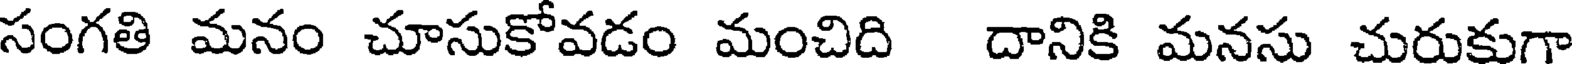
సంగతి మనం చూసుకోవడం మంచిది దానికి మనసు చురుకుగా